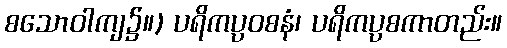
စသောဝါကျ၌။) ပရိကပ္ပဝစနံ၊ ပရိကပ္ပစကာတည်း။